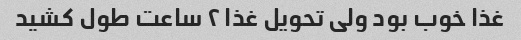
غذا خوب بود ولی تحویل غذا ۲ ساعت طول کشید